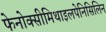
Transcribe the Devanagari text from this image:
फेनोक्सीमिथाइलपेनिसिलिन